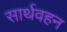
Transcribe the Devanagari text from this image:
सार्थवहन